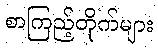
စာကြည့်တိုက်များ